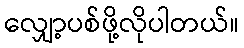
လျှော့ပစ်ဖို့လိုပါတယ်။